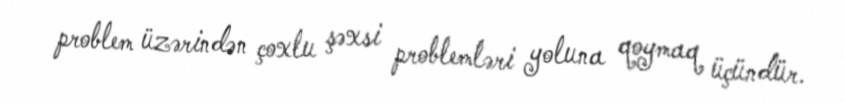
problem üzərindən çoxlu şəxsi problemləri yoluna qoymaq üçündür.